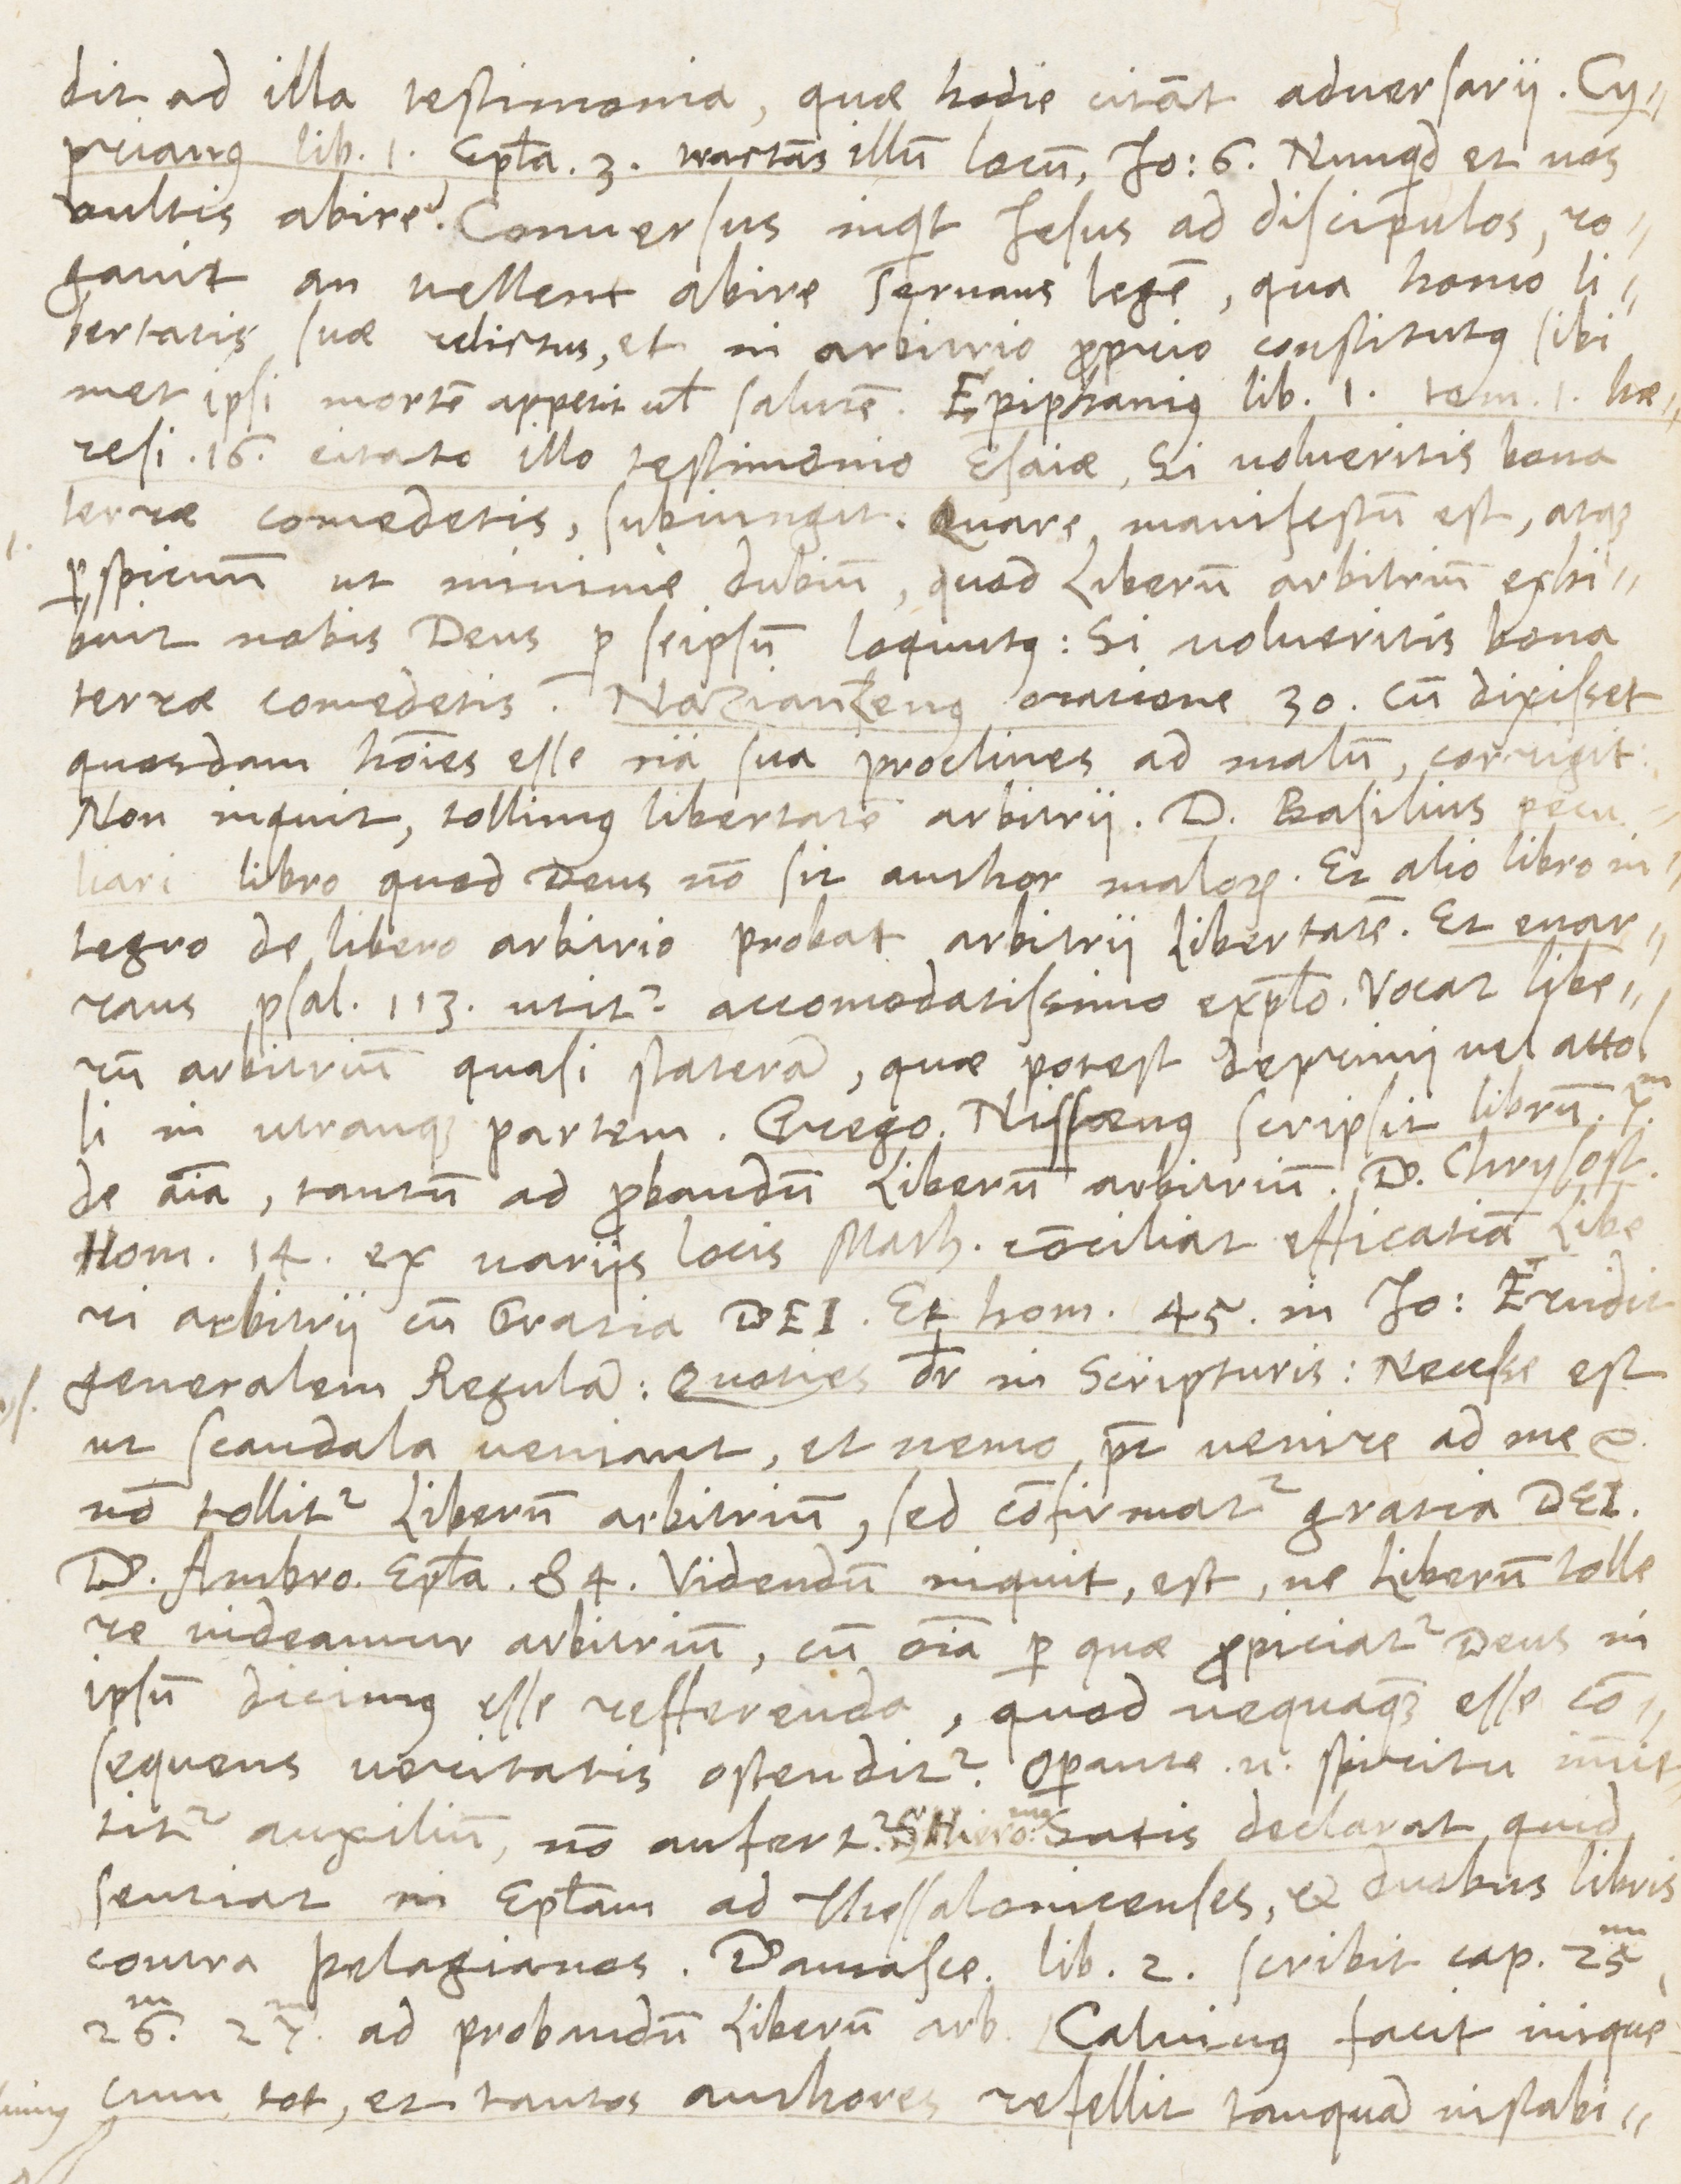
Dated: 1565–1569